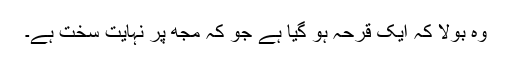
وہ بولا کہ ایک قرحہ ہو گیا ہے جو کہ مجھ پر نہایت سخت ہے۔